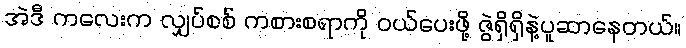
အဲဒီ ကလေးက လျှပ်စစ် ကစားစရာကို ဝယ်ပေးဖို့ ဇွဲရှိရှိနဲ့ပူဆာနေတယ်။